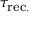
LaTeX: \tau _ { \mathrm { r e c . } }